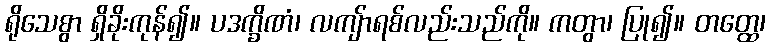
ရိုသေစွာ ရှိခိုးကုန်၍။ ပဒက္ခိဏံ၊ လကျ်ာရစ်လည်းသည်ကို။ ကတွာ၊ ပြု၍။ တတ္ထေ၊